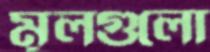
মূলগুলো